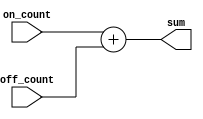
//SumFrequency.v
//Developed by: Rhyan Johnson
//Sums on and off counts


module SumFrequency(
    input [19:0] on_count,
    input [19:0] off_count,
    output [19:0]sum
);
 assign sum = on_count + off_count;
 endmodule